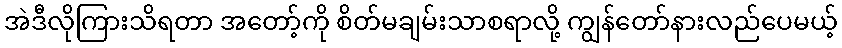
အဲဒီလိုကြားသိရတာ အတော့်ကို စိတ်မချမ်းသာစရာလို့ ကျွန်တော်နားလည်ပေမယ့်